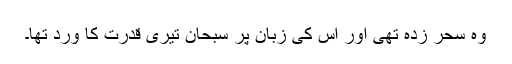
وہ سحر زدہ تھی اور اس کی زبان پر سبحان تیری قدرت کا ورد تھا۔